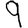
Digit: 9